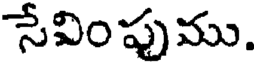
సేవింపుము.